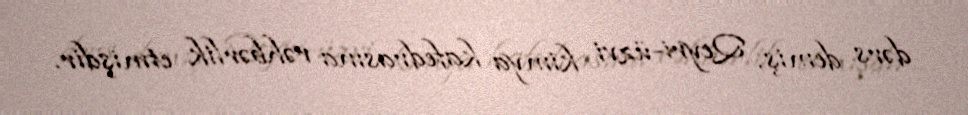
dərs demiş, Qeyri-üzvi kimya kafedrasına rəhbərlik etmişdir.